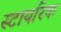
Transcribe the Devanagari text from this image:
स्टायरिक